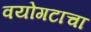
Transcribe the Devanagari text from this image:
वयोगटाचा